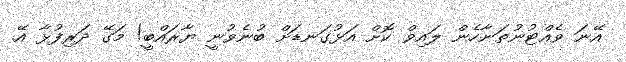
އޭނަ ވެއްޓުނުތަނާހެން ލައިވް ކޮށް އަޅުގަނޑަށް ބުނެވުނީ ޔާރައްބީ! މަގޭ ދަރިފުޅާ އޭ.